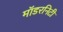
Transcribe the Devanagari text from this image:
मॉडरनिटी